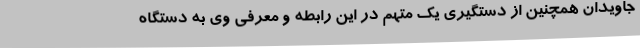
جاویدان همچنین از دستگیری یک متهم در این رابطه و معرفی وی به دستگاه